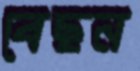
বেছন